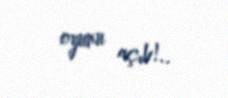
oyunu açıb!..